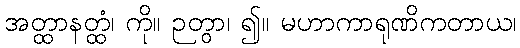
အတ္ထာနတ္ထံ၊ ကို။ ဉတွာ၊ ၍။ မဟာကာရုဏိကတာယ၊